Jarvakandi_vallavalitsus, lk 30
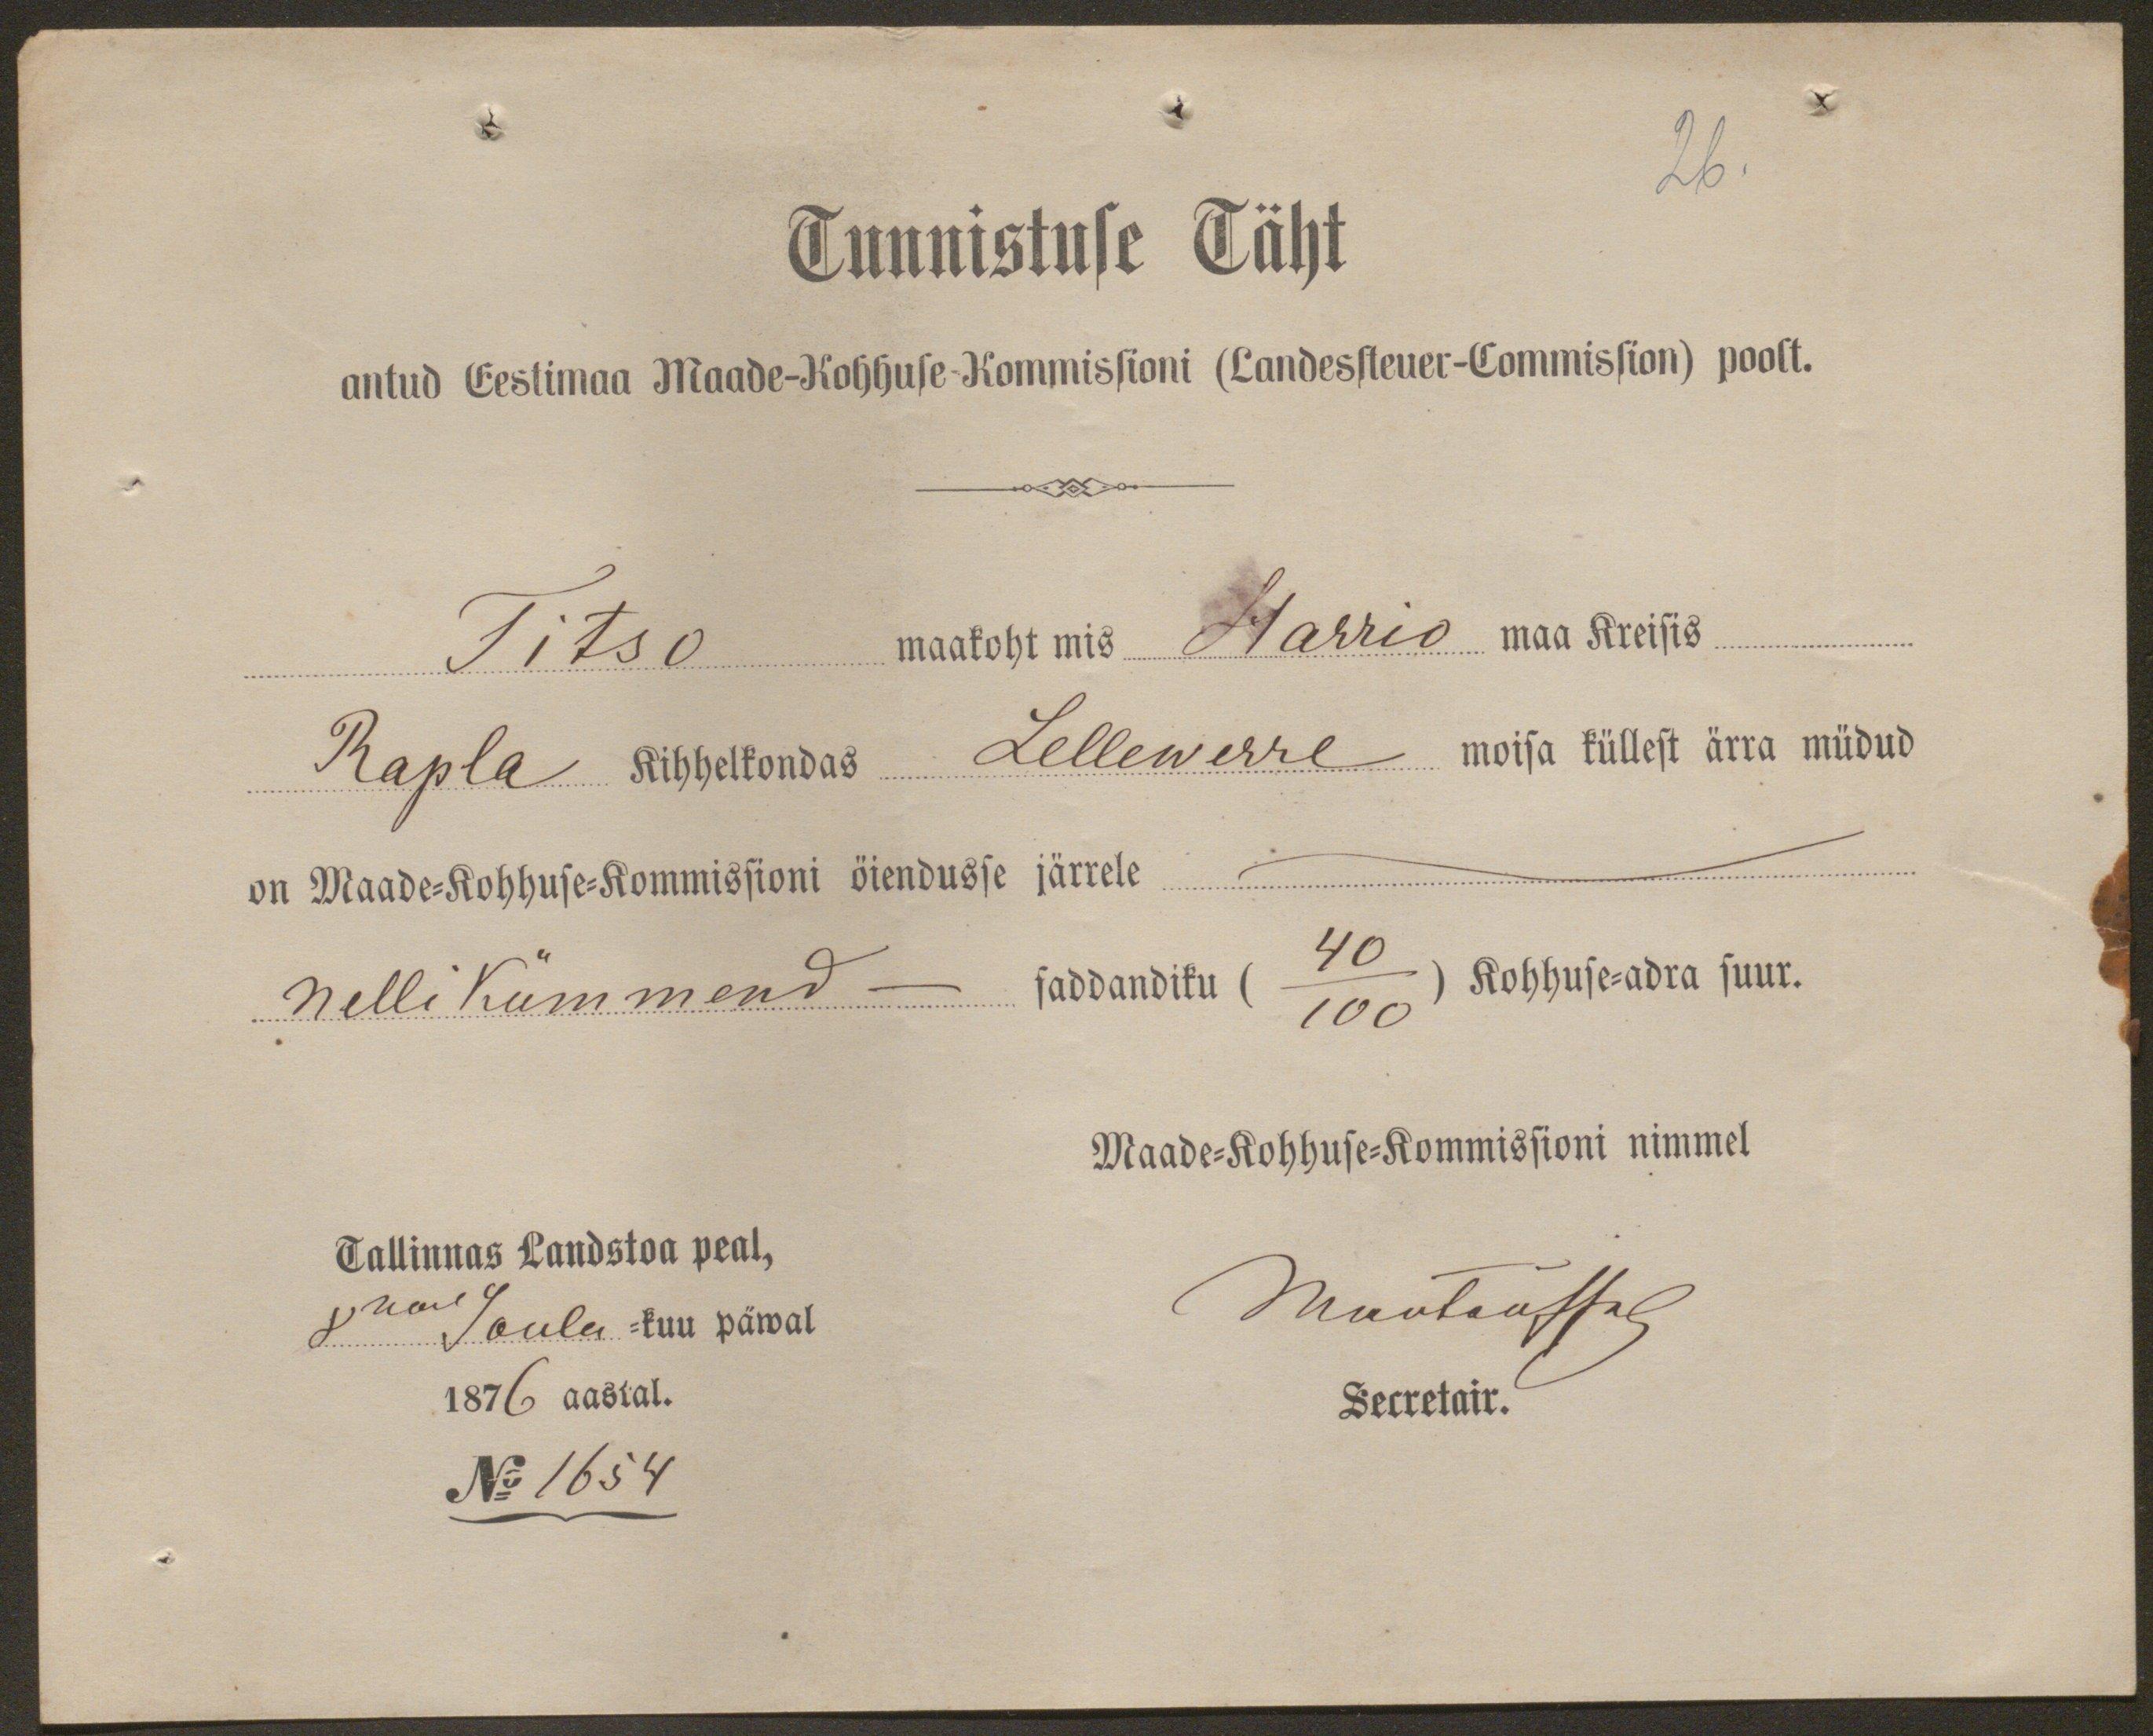
26.
Tunnistuse Täht
antud Eestimaa Maade-Kohhuse Kommissioni (Landessteuer-Commission) poolt.
Titso maakoht mis Harrio maa Kreisis
Rapla kihhelkondas Lellewerre moisa küllest ärra müdud
on Maade-Kohhuse-Kommissioni õiendusse järrele
Nelli kümmend - saddandiku (40/100) Kohhus-adra suur.
Maade-Kohhuse-Kommissioni nimmel
Tallinnas Landstoa peal,
8mal Joulu -kuu päwal
Maotaostal
1876 aastal.
Secretair.
No 1654